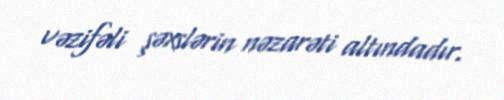
vəzifəli şəxslərin nəzarəti altındadır.